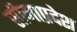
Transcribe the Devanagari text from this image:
सीमाप्रदेश